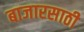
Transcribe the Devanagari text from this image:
बाजारसाठी